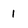
Character: 1